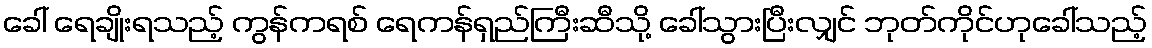
ခေါ် ရေချိုးရသည့် ကွန်ကရစ် ရေကန်ရှည်ကြီးဆီသို့ ခေါ်သွားပြီးလျှင် ဘုတ်ကိုင်ဟုခေါ်သည့်